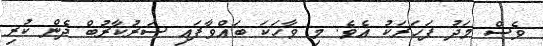
ވެސް މަދު ފަހަރަކު އެވެ. މި ވާހަކަ ބައްވާފައި ސަރުކާރުބް ދެން ކުރި